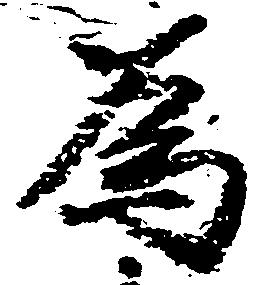
為